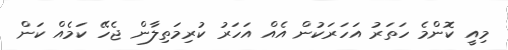
މިއީ ކޮންމެ ހަތަރު އަހަރަކުން އެއް އަހަރު ކުރިމަތިލާން ޖެހޭ ކަމެއް ކަން